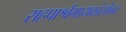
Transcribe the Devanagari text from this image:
सहपार्श्वगायकांसोबत